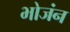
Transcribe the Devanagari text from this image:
भोजंन